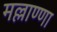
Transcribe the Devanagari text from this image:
मल्लाण्णा